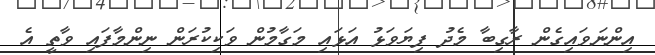
އިންނަވައިގެން ރާގިބާ މެދު ފިޔަވަޅު އަޅައި މަގާމުން ވަކިކުރަން ނިންމާފައި ވާތީ އެ